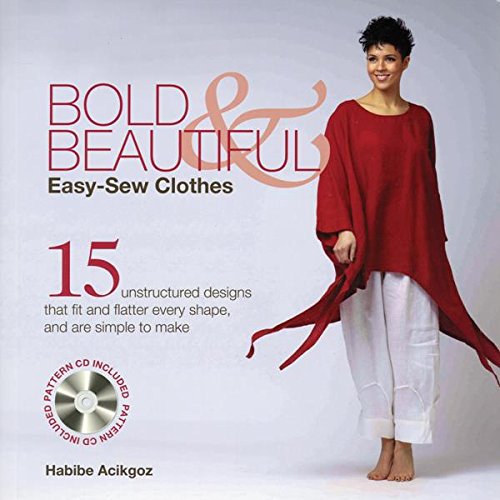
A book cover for Bold & Beautiful Easy-Sew Clothes: 15 Unstructured Designs That Fit and Flatter Every Shape, and Are Simple to Make; Habibe Acikgoz; Crafts, Hobbies & Home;